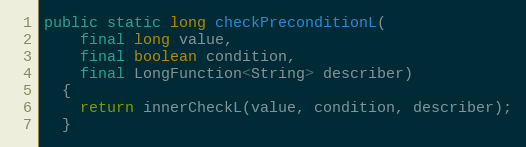
Language: Java
public static long checkPreconditionL(
    final long value,
    final boolean condition,
    final LongFunction<String> describer)
  {
    return innerCheckL(value, condition, describer);
  }